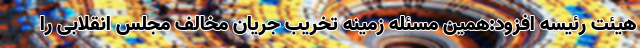
هیئت رئیسه افزود:همین مسئله زمینه تخریب جریان مخالف مجلس انقلابی را